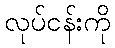
လုပ်ငန်းကို